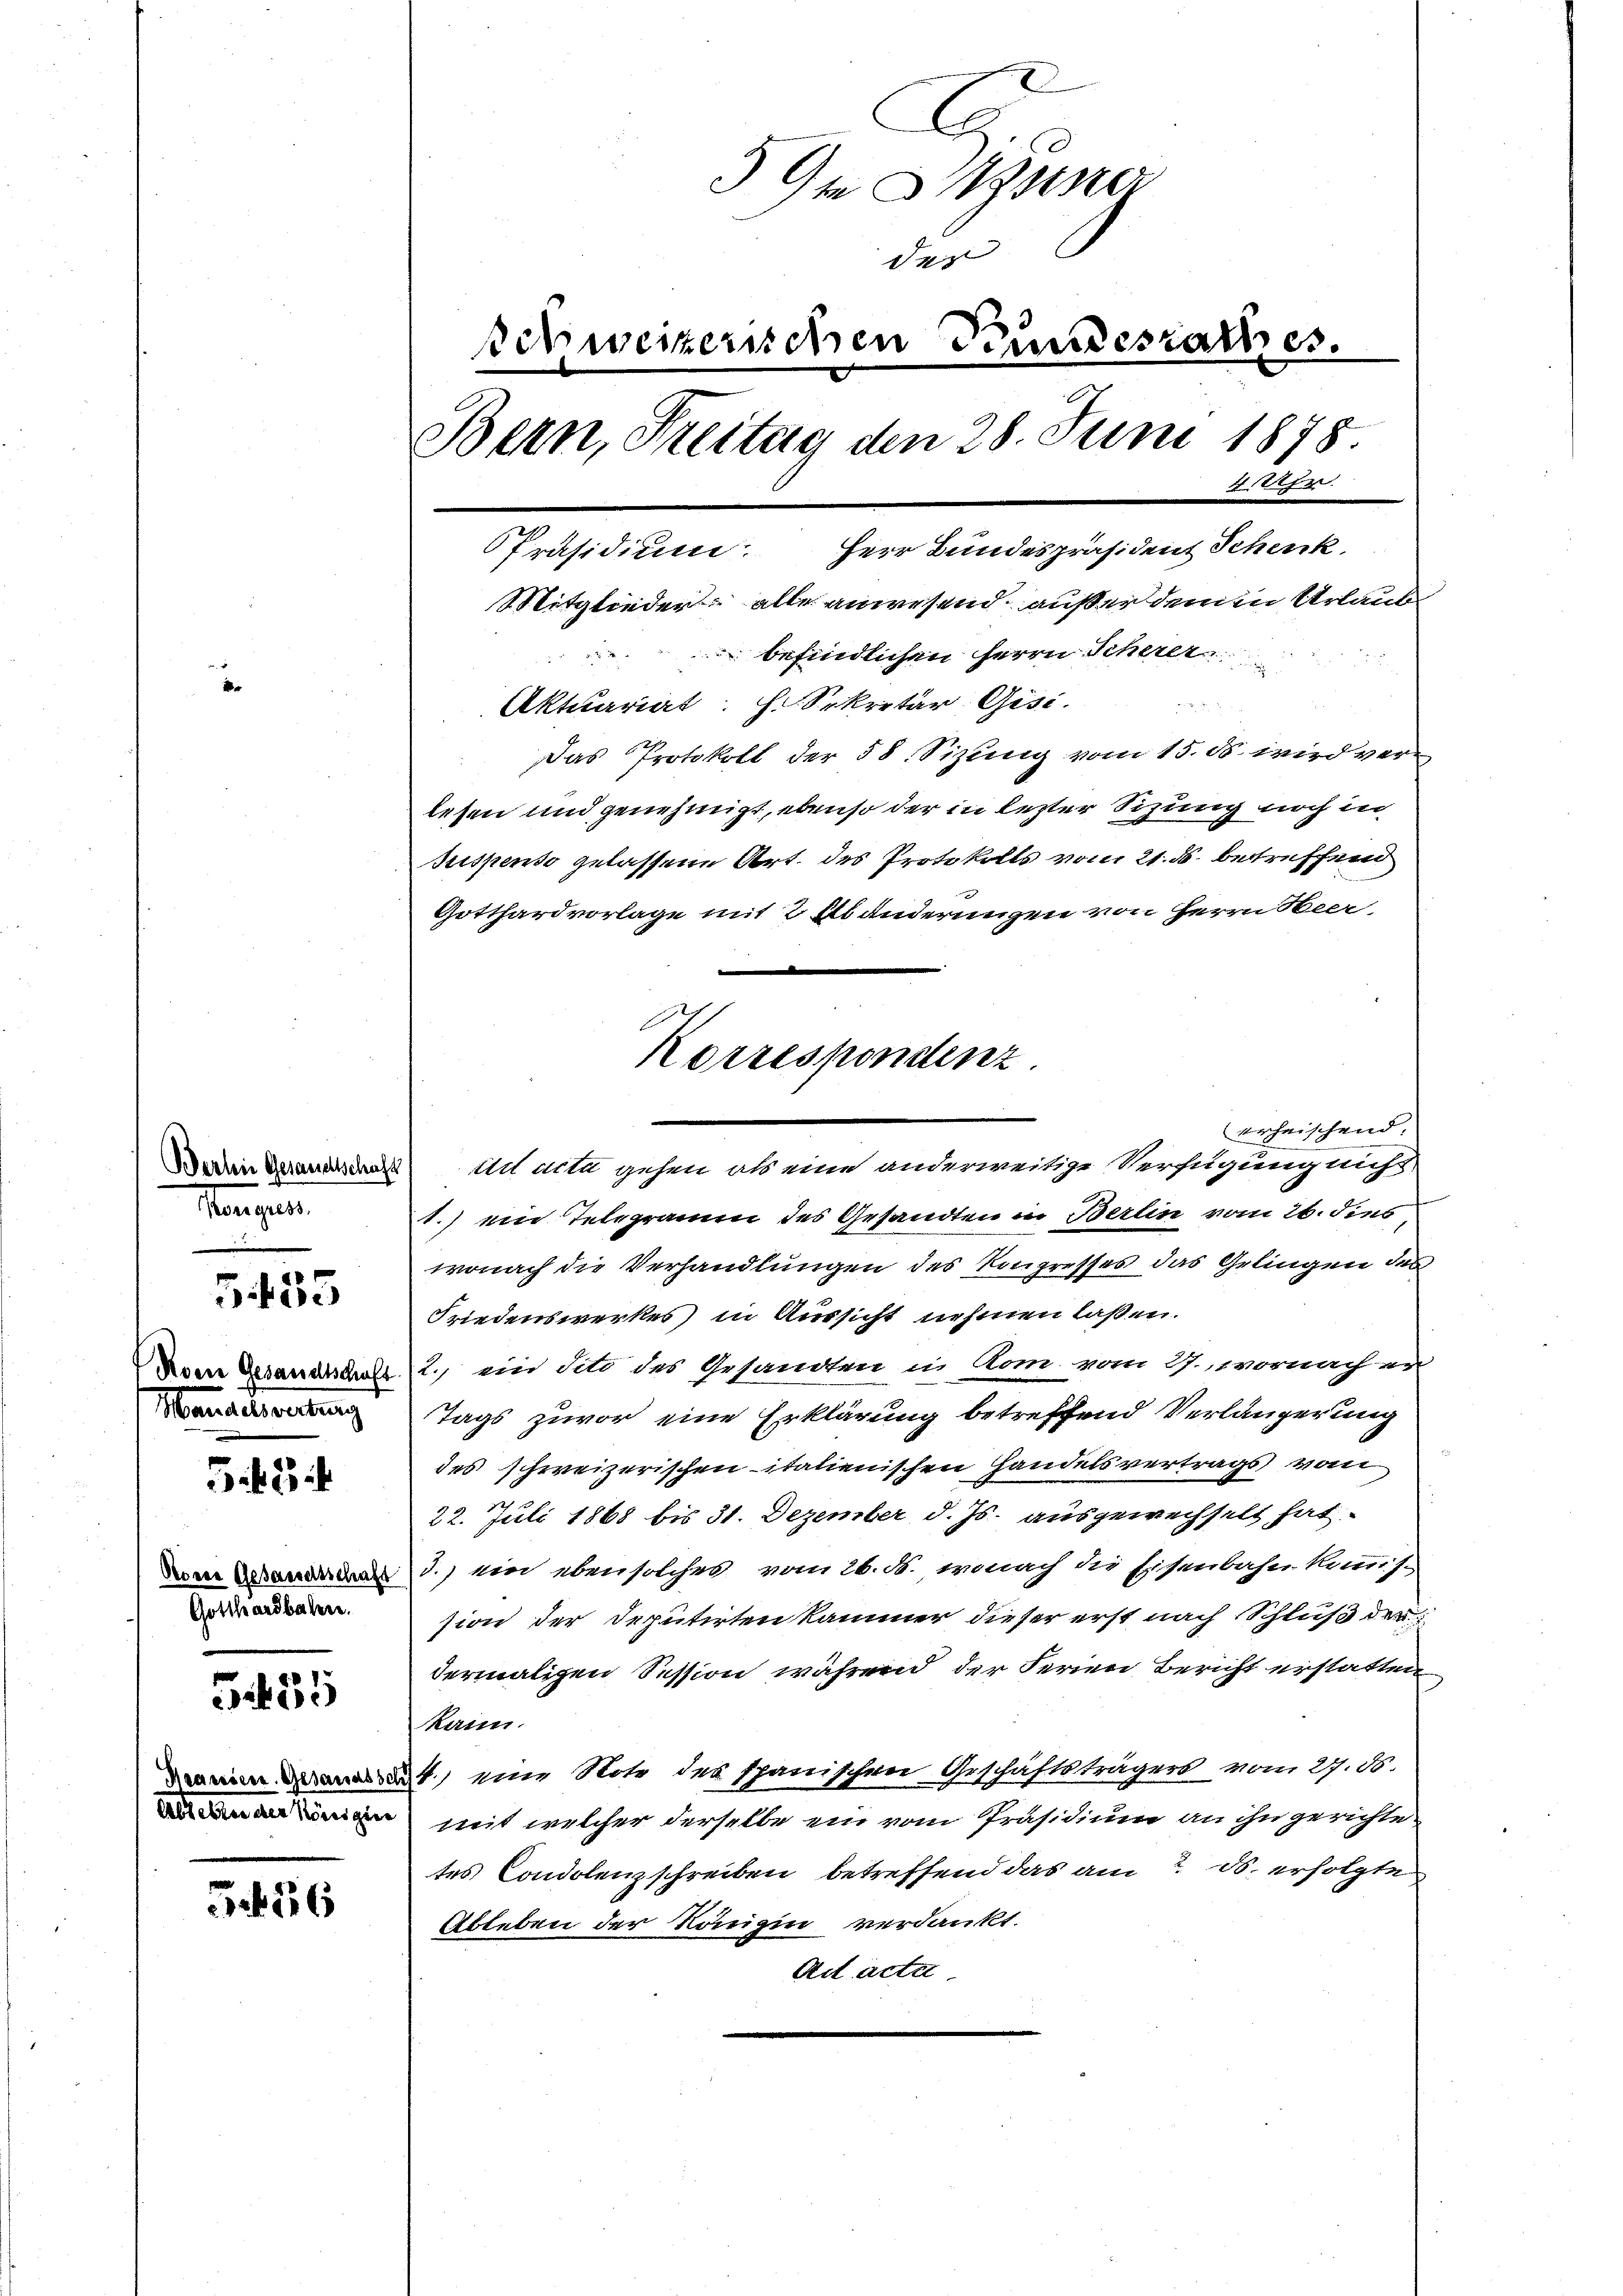
Hangen.

5435

Manschreitung

Sit 3

Sit 35

556

5m uner
der
Schweizerischen Kundesrathes.
Bern, Freitag den 28. Juni 1878.
4 Uhr.
Herr Bundespräsident Schenk
Präsidium.
Mitglieder, alle anwesend, außer dem in Urlaub
52
befindlichen Herrn Scherer
Aktuariat. H. Sekretär Gisi
Das Protokoll der 58 Sizung vom 15. ds. wird verlesen und genehmigt, ebenso der in lezter Sitzung noch in
lispenso gelassene Art. des Protokolls vom 21. ds. betreffend
Gotthardvorlage mit 2 Abänderungen von Herrn Seer

Gotthardbahn.

rechnischend.
n in acta gehen als eine anderweitige Verfügung nicht
1.) ein Telegramm des Gesandten in Berlin vom 26. dies
wonach die Verhandlungen des Kongresses das Gelingen des
Friedenswerkes in Aussicht nehmen laßen.
Deren Gesandtauft.  2. ein Sito des Gesandten in Rom vom 9. vornach er
Tags zuvor eine Erklärung betreffend Verlängerung
des schweizerischen italienischen Handelsvertrags vom
22. Juli 1868 bis 31. Dezember d. Js. ausgewechselt hat.
 3.) ein ebensolches vom 26. d. wonach die Eisenbahnkomms-
sion der Deputirten kammer dieser erst nach Schluß der
dermaligen Session während der Ferien Bericht erstatten
kann.
1 eine Note des spanischen Geschäftsträgers vom 27. ds.
n mit welcher derselbe ein vom Präsidium an ihn gerichte-
tes Condolenzschreiben betreffend das am 7. ds. erfolgte
Ableben der Königin verdankt.
Ait acter

Korrespondenz